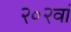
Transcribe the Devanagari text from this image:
२०२वां